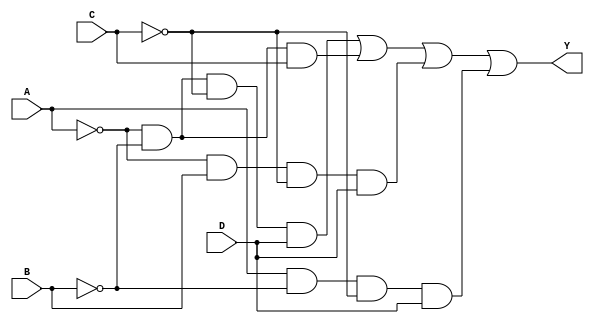
module combinational_logic_block (
    input wire A,
    input wire B,
    input wire C,
    input wire D,
    output wire Y
);

// Define the minterms for the desired logic function
// For example, let's assume we want to implement the function:
// F(A, B, C, D) = (1, 3, 7, 12) => A'B'C'D + A'B'C + A'BC'D + AB'C'D
// The essential prime implicants derived from the truth table would be:
// (A'B') and (BC) as an example.

wire term1; // A'B'C'D
wire term2; // A'B'C
wire term3; // A'BC'D
wire term4; // AB'C'D

// Generate the prime implicants
assign term1 = ~A & ~B & ~C & D;  // A'B'C'D
assign term2 = ~A & ~B & C;       // A'B'C
assign term3 = ~A & B & ~C & D;   // A'BC'D
assign term4 = A & ~B & ~C & D;   // AB'C'D

// Combine the essential prime implicants using OR gates
assign Y = term1 | term2 | term3 | term4;

endmodule